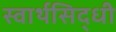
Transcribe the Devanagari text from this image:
स्वार्थसिद्धी